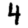
Digit: 4